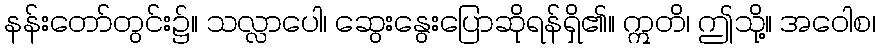
နန်းတော်တွင်း၌။ သလ္လာပေါ၊ ဆွေးနွေးပြောဆိုရန်ရှိ၏။ ဣတိ၊ ဤသို့။ အဝေါစ၊